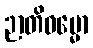
ဉာတိဓမ္မော